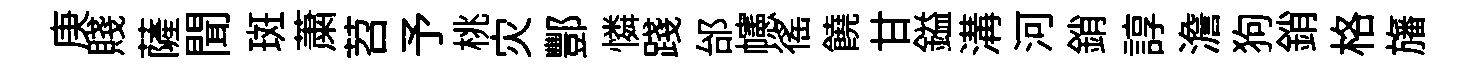
庚賤薩聞斑䔥苕予桃灾酆憐踐邰幰徭饒甘鎰溝河銷諄澹狗銷格旛